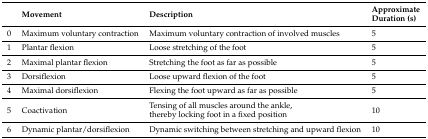
<table><thead><tr><td></td><td><b>Movement</b></td><td><b>Description</b></td><td><b>Approximate Duration (s)</b></td></tr></thead><tbody><tr><td>0</td><td>Maximum voluntary contraction</td><td>Maximum voluntary contraction of involved muscles</td><td>5</td></tr><tr><td>1</td><td>Plantar flexion</td><td>Loose stretching of the foot</td><td>5</td></tr><tr><td>2</td><td>Maximal plantar flexion</td><td>Stretching the foot as far as possible</td><td>5</td></tr><tr><td>3</td><td>Dorsiflexion</td><td>Loose upward flexion of the foot</td><td>5</td></tr><tr><td>4</td><td>Maximal dorsiflexion</td><td>Flexing the foot upward as far as possible</td><td>5</td></tr><tr><td>5</td><td>Coactivation</td><td>Tensing of all muscles around the ankle, thereby locking foot in a fixed position</td><td>10</td></tr><tr><td>6</td><td>Dynamic plantar/dorsiflexion</td><td>Dynamic switching between stretching and upward flexion</td><td>10</td></tr></tbody></table>